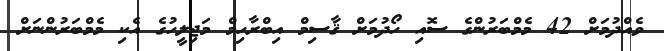
ވެއްދުމަށް 42 މެމްބަރުންގެ ސޮއި ހޯދުމަށް ޤާސިމް އިބްރާހިމް މަޖިލީހުގެ އެކި މެމްބަރުންނަށް